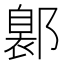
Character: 𨝺